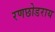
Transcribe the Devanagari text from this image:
रणछोडराय